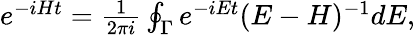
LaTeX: \begin{array}{r}{e^{-iHt}=\frac{1}{2\pi i}\oint_{\Gamma}e^{-iEt}(E-H)^{-1}dE,}\end{array}